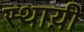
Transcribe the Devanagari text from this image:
स्थाय़ी